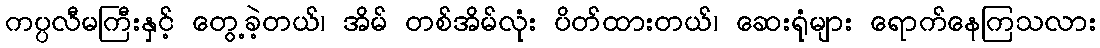
ကပ္ပလီမကြီးနှင့် တွေ့ခဲ့တယ်၊ အိမ် တစ်အိမ်လုံး ပိတ်ထားတယ်၊ ဆေးရုံများ ရောက်နေကြသလား